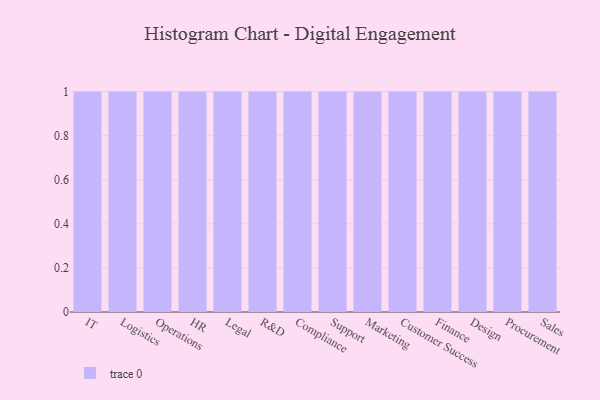
{"axis": {"x": "Department", "y": "Customer Acquisition Cost (USD)"}, "legend": [""], "data": [{"x": "IT", "y": 4, "type": ""}, {"x": "Logistics", "y": 6, "type": ""}, {"x": "Operations", "y": 87, "type": ""}, {"x": "HR", "y": 94, "type": ""}, {"x": "Legal", "y": 80, "type": ""}, {"x": "R&D", "y": 99, "type": ""}, {"x": "Compliance", "y": 92, "type": ""}, {"x": "Support", "y": 83, "type": ""}, {"x": "Marketing", "y": 61, "type": ""}, {"x": "Customer Success", "y": 77, "type": ""}, {"x": "Finance", "y": 83, "type": ""}, {"x": "Design", "y": 79, "type": ""}, {"x": "Procurement", "y": 57, "type": ""}, {"x": "Sales", "y": 80, "type": ""}]}